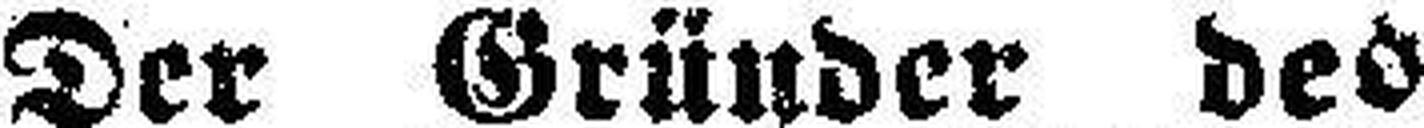
Der Gründer des